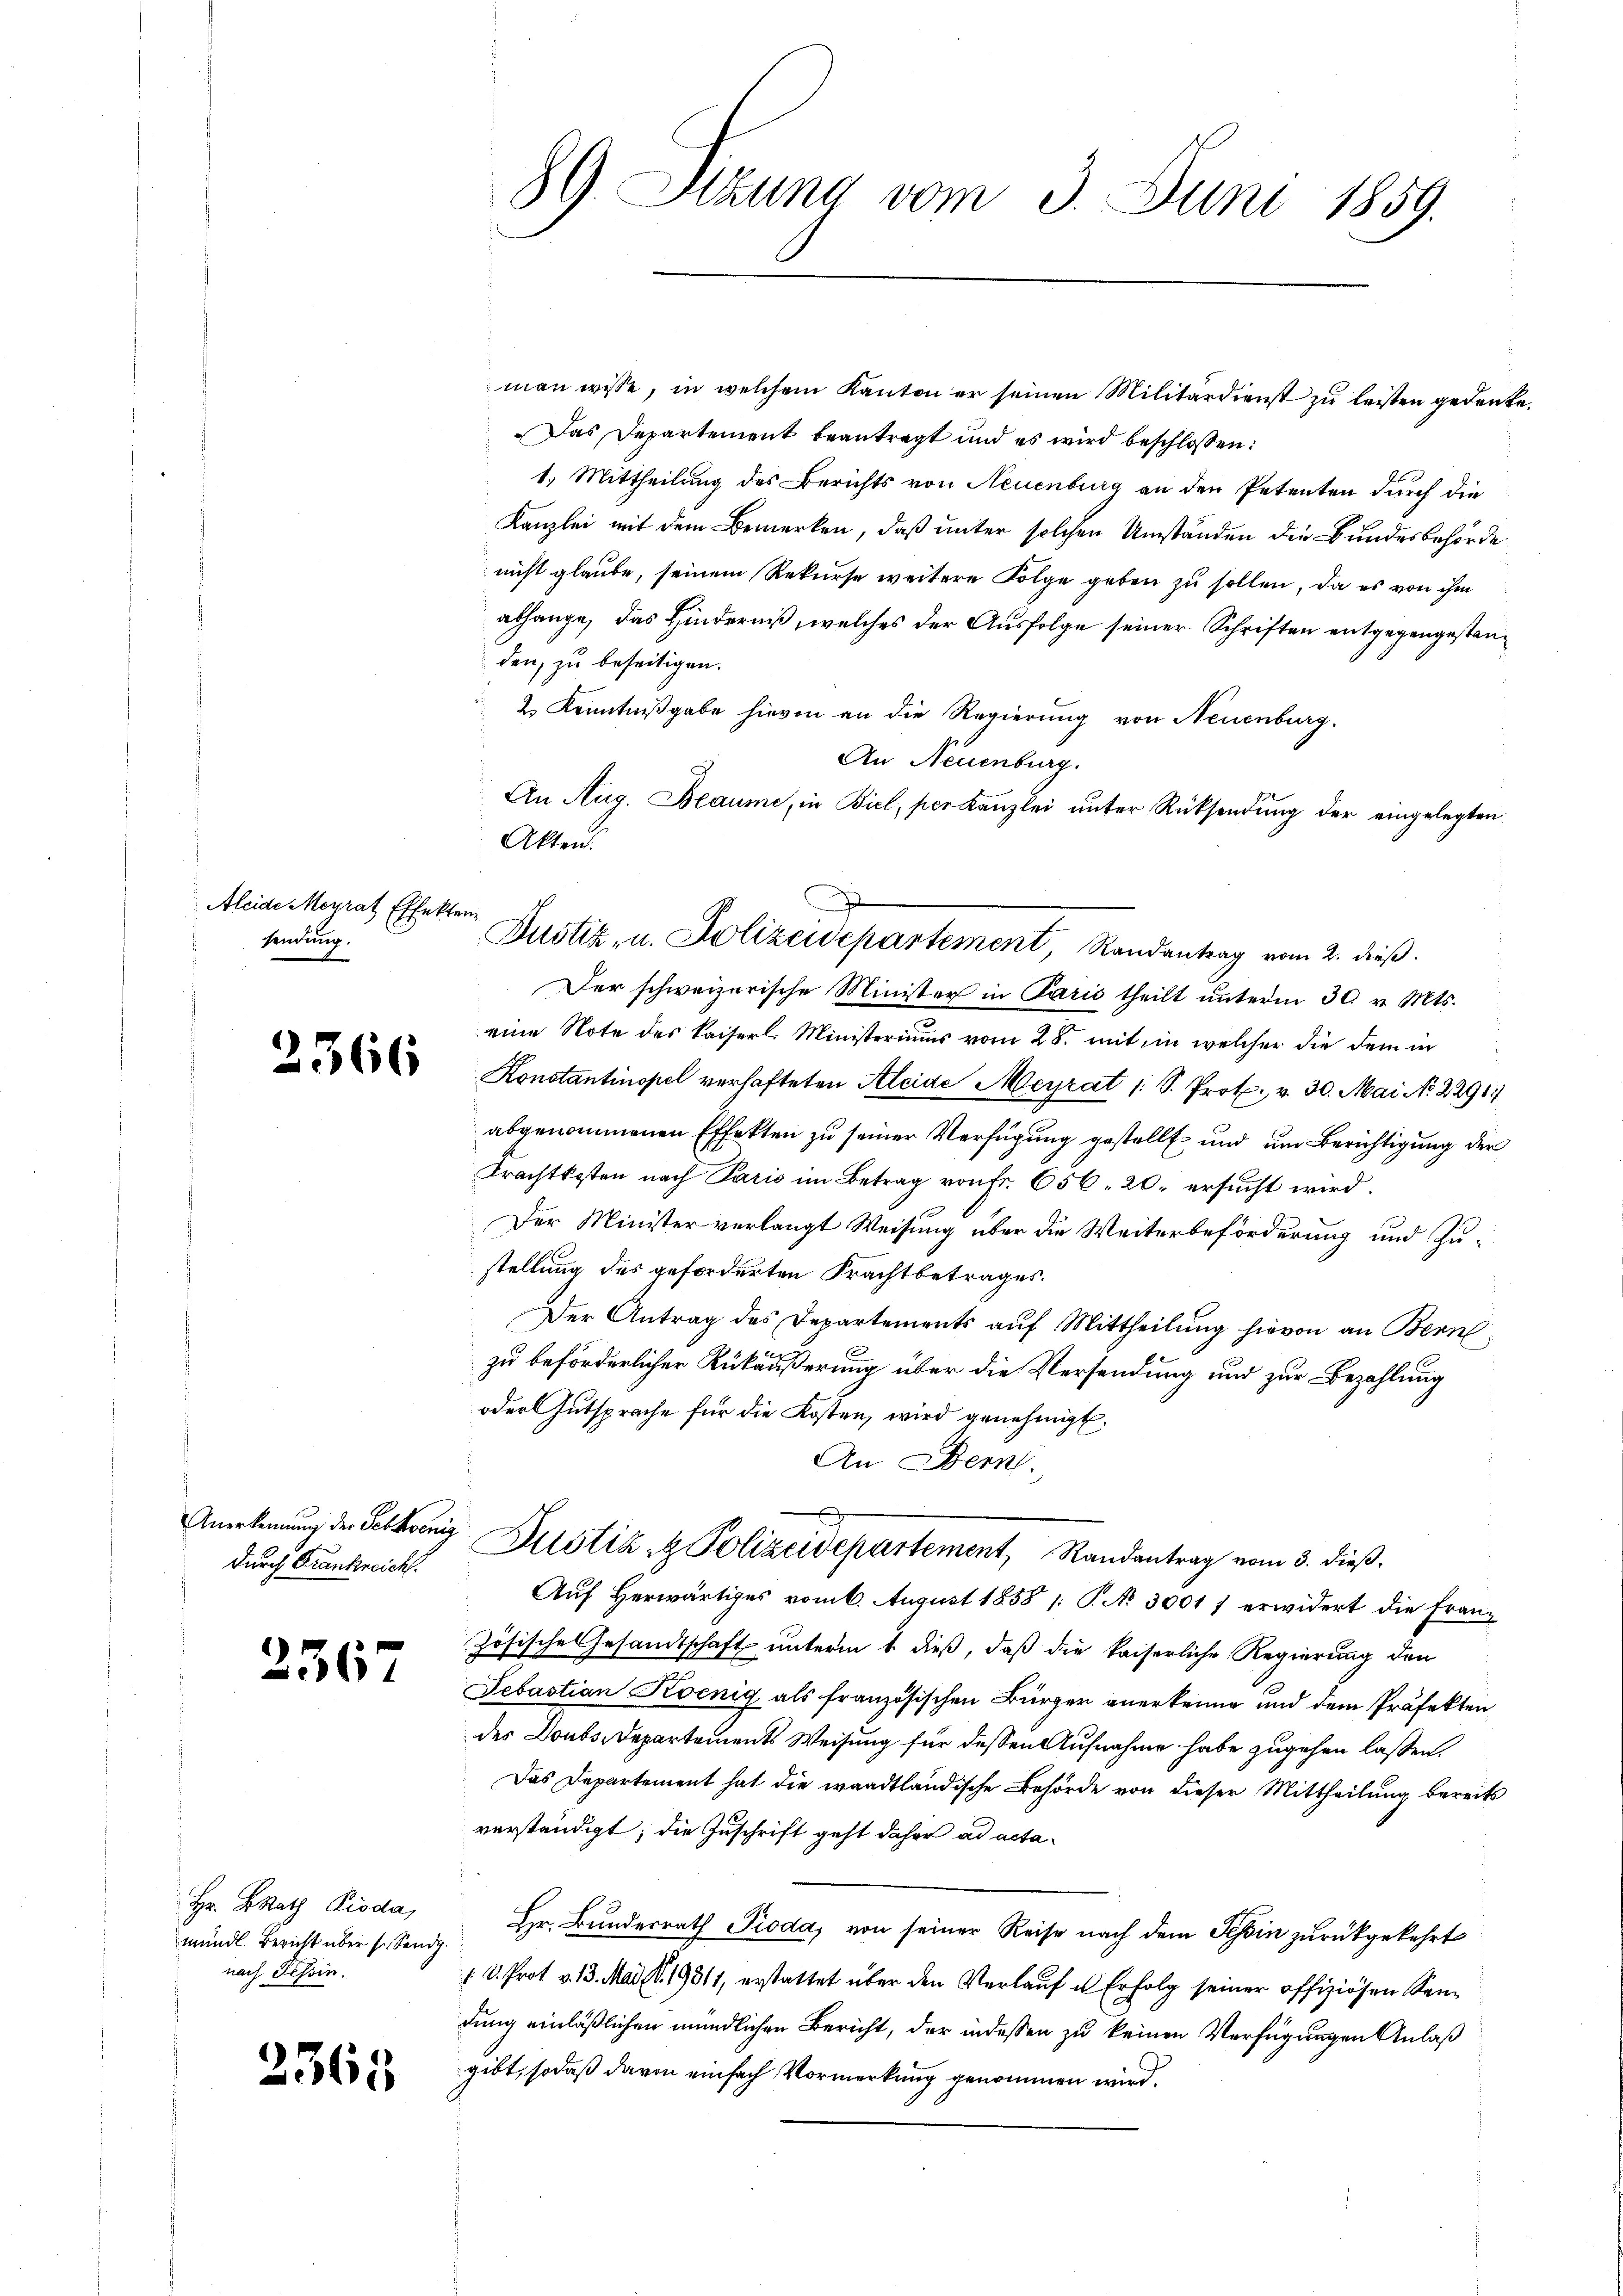
Aleide Morrat Effekt.
sendung.

2366

Anerkennung der Gebhoenidurch Frankreich.

236

Hr. BRath Pioda,
mündl. Bericht über s. Sendg
nach Tessin.

2365

89. Stzung vom 3. Juni 1859.

em
Justiz, u. Polizeidepartement, Randantrag vom 2. dieß.

man wisse, in welchem Kanton er seinen Militärdienst zŭ leisten gedenke.
Das Departement beantragt und es wird beschlossen:
1.) Mittheilung des Berichts von Neuenburg an den Petenten durch die
Kanzlei mit dem Bemerken, daß unter solchen Umständen die Bundesbehördenicht glaube, seinem Rekurse weitere Folge geben zu sollen, da es von ihm
abhange, das Hinderniß, welches der Ausfolge seiner Schriften entgegengestanden, zu beseitigen.
2. Kenntnißgabe hievon an die Regierung von Neuenburg.
An Neuenburg.
An Aug. Beaume, in Biel, per Kanzlei ŭnter Rücksendŭng der eingelegten
Akten.
Der schweizerische Minister in Paris theilt unterm 30. v. Mts.
eine Note des Kaiserl. Ministeriums vom 28. mit in welcher die dem in
Konstantinopel verhafteten Aleide Meyrat (: S. Prot. v. 30. Mai N. 2291
abgenommenen Effekten zu seiner Verfügung gestellt und um Berichtigung der
Trachtkosten nach Paris im Betrag von Fr. 656. 20. ersucht wird.
Der Minister verlangt Weisung über die Weiterbeförderung und Zu-
stellung des geforderten Frachtbetrages.
Der Antrag des Departements auf Mittheilung hievon an Berne
zu beförderlicher Rükäußerung über die Versendung und zur Bezahlung
oder Gutsprache für die Kosten, wird genehmigt.
An Bern.
Justiz & Polizeidepartement, Randantrag vom 3. dieß.
Auf Herwärtiges vom 6. August 1858 /: P. No 30017 erwidert die Franz
zösische Gesandtschaft unterm 1. dieß, daß die kaiserliche Regierung den
Sebastian Koenig als französischen Bürger anerkenne und dem Präfekten
des Doubs-Departements Weisung für dessen Aufnahme habe zugehen lassen.
Das Departement hat die waadtländische Behörde von dieser Mittheilung bereits
verständigt; die Zuschrift geht daher ad acta¬
Hr. Bundesrath Pioda, von seiner Reise nach dem Tessin zurückgekehrt
 D. Prot. v. 13. Mai d. 19811, erstattet über den Verlauf u. Erfolg seiner offiziösen Sendung einläßlichen mündlichen Bericht, der indessen zu keinen Verfügungen Anlaß
gibt, sodaß davon einfach Vormerkung genommen wird.